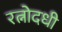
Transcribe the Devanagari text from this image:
रत्नोदधी